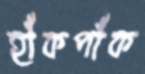
হাঁকপাঁক